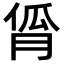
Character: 𬁾